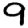
Digit: 9